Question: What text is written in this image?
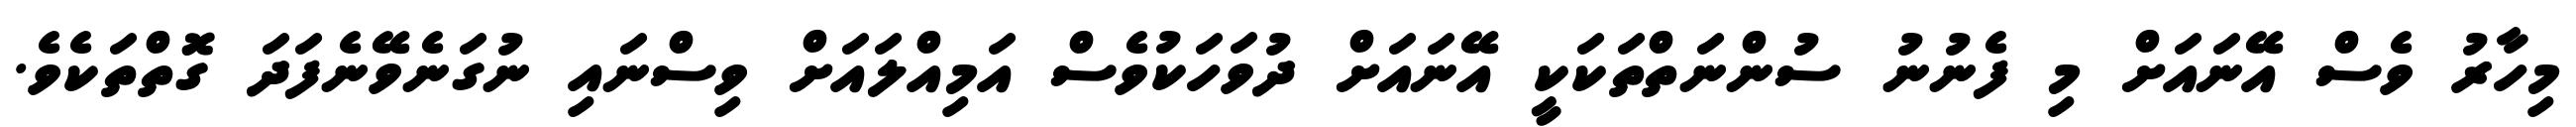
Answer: މިހާރު ވެސް އޭނައަށް މި ފެނުނު ސުންނަތްތަކަކީ އޭނައަށް ދުވަހަކުވެސް އަމިއްލައަށް ވިސްނައި ނުގަނެވޭނެފަދަ ގޮތްތަކެވެ.